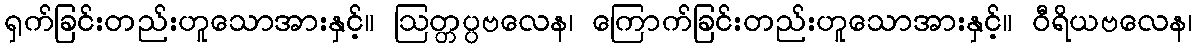
ရှက်ခြင်းတည်းဟူသောအားနှင့်။ ဩတ္တပ္ပဗလေန၊ ကြောက်ခြင်းတည်းဟူသောအားနှင့်။ ဝီရိယဗလေန၊